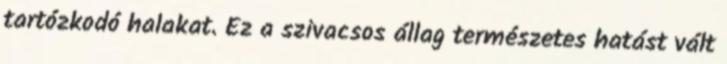
tartózkodó halakat. Ez a szivacsos állag természetes hatást vált